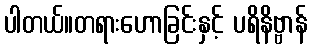
ပါတယ်။တရားဟောခြင်းနှင့် ပရိနိဗ္ဗာန်